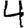
Digit: 4